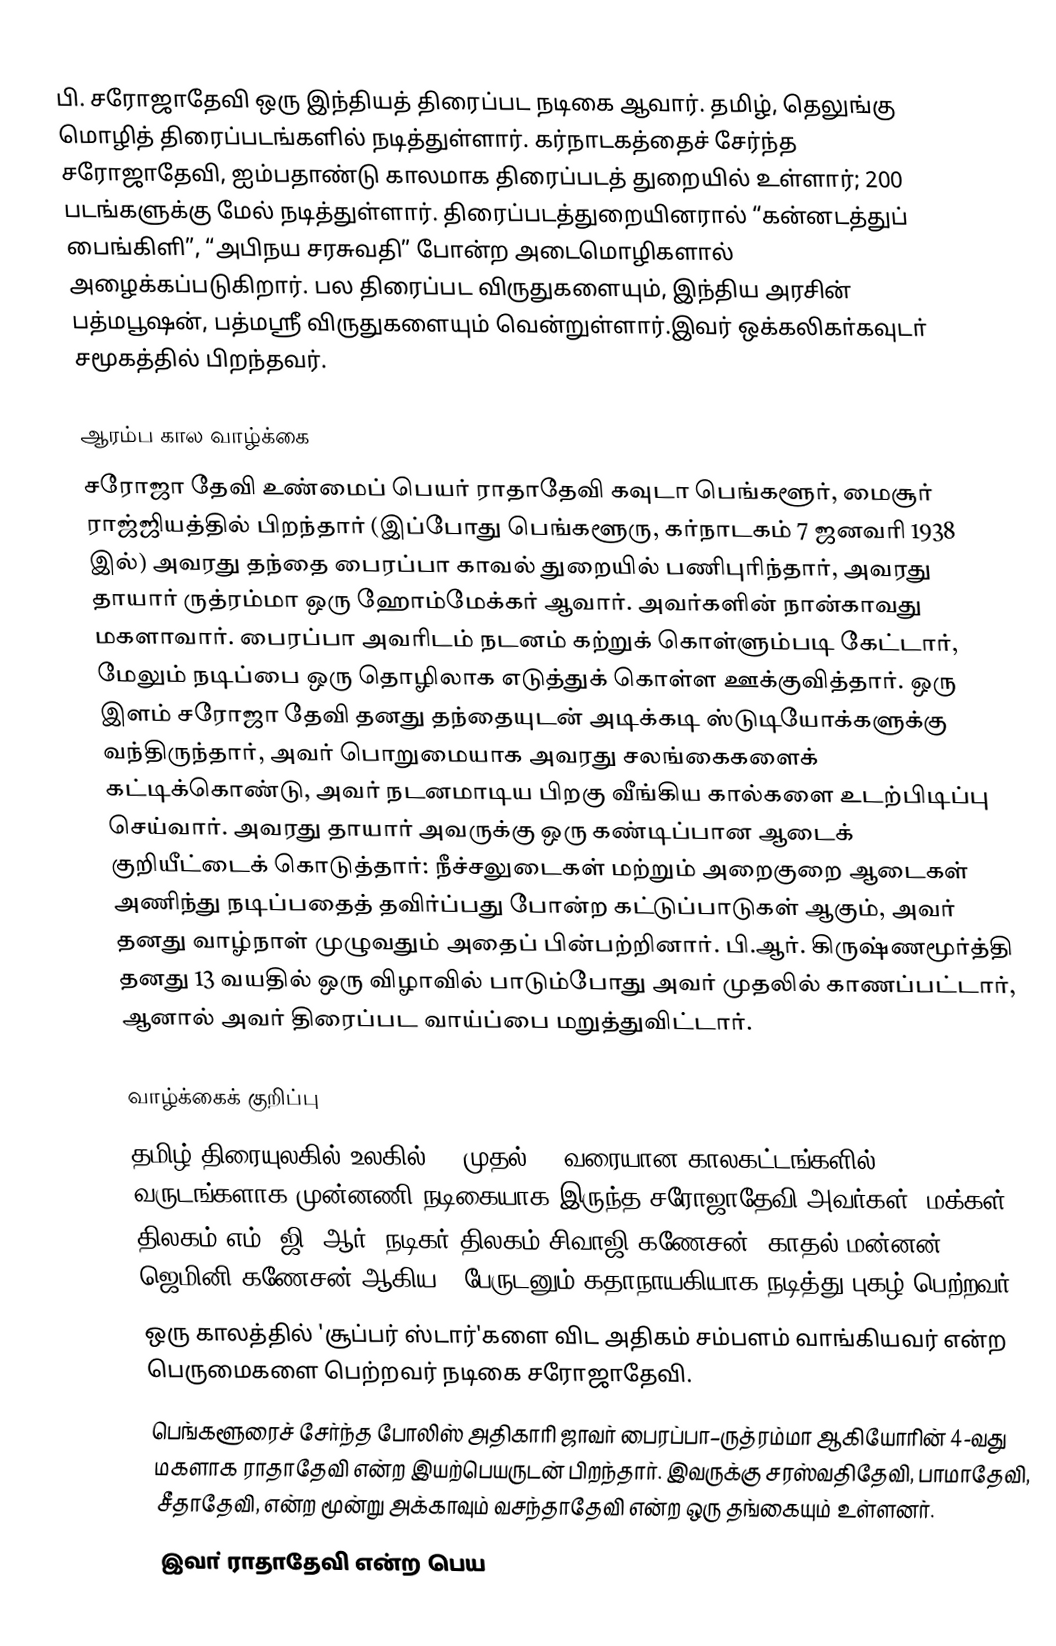
பி. சரோஜாதேவி ஒரு இந்தியத் திரைப்பட நடிகை ஆவார். தமிழ், தெலுங்கு மொழித் திரைப்படங்களில் நடித்துள்ளார். கர்நாடகத்தைச் சேர்ந்த சரோஜாதேவி, ஐம்பதாண்டு காலமாக திரைப்படத் துறையில் உள்ளார்; 200 படங்களுக்கு மேல் நடித்துள்ளார். திரைப்படத்துறையினரால் “கன்னடத்துப் பைங்கிளி”, “அபிநய சரசுவதி” போன்ற அடைமொழிகளால் அழைக்கப்படுகிறார். பல திரைப்பட விருதுகளையும், இந்திய அரசின் பத்மபூஷன், பத்மஸ்ரீ விருதுகளையும் வென்றுள்ளார்.இவர் ஒக்கலிகா்கவுடா் சமூகத்தில் பிறந்தவர்.

ஆரம்ப கால வாழ்க்கை
சரோஜா தேவி உண்மைப் பெயர் ராதாதேவி கவுடா பெங்களூர், மைசூர் ராஜ்ஜியத்தில் பிறந்தார்  (இப்போது பெங்களூரு, கர்நாடகம் 7 ஜனவரி 1938 இல்) அவரது தந்தை பைரப்பா காவல் துறையில் பணிபுரிந்தார், அவரது தாயார் ருத்ரம்மா ஒரு ஹோம்மேக்கர் ஆவார். அவர்களின் நான்காவது மகளாவார். பைரப்பா அவரிடம் நடனம் கற்றுக் கொள்ளும்படி கேட்டார், மேலும் நடிப்பை ஒரு தொழிலாக எடுத்துக் கொள்ள ஊக்குவித்தார். ஒரு இளம் சரோஜா தேவி தனது தந்தையுடன் அடிக்கடி ஸ்டுடியோக்களுக்கு வந்திருந்தார், அவர் பொறுமையாக அவரது சலங்கைகளைக் கட்டிக்கொண்டு, அவர் நடனமாடிய பிறகு வீங்கிய கால்களை உடற்பிடிப்பு செய்வார். அவரது தாயார் அவருக்கு ஒரு கண்டிப்பான ஆடைக் குறியீட்டைக் கொடுத்தார்: நீச்சலுடைகள் மற்றும் அறைகுறை ஆடைகள் அணிந்து நடிப்பதைத் தவிர்ப்பது போன்ற கட்டுப்பாடுகள் ஆகும், அவர் தனது வாழ்நாள் முழுவதும் அதைப் பின்பற்றினார். பி.ஆர். கிருஷ்ணமூர்த்தி தனது 13 வயதில் ஒரு விழாவில் பாடும்போது அவர் முதலில் காணப்பட்டார், ஆனால் அவர் திரைப்பட வாய்ப்பை மறுத்துவிட்டார்.

வாழ்க்கைக் குறிப்பு
 தமிழ் திரையுலகில் உலகில் 60 முதல் 70 வரையான காலகட்டங்களில் 17 வருடங்களாக முன்னணி நடிகையாக இருந்த சரோஜாதேவி அவர்கள். மக்கள் திலகம் எம். ஜி. ஆர், நடிகர் திலகம் சிவாஜி கணேசன், காதல் மன்னன் ஜெமினி கணேசன் ஆகிய 3 பேருடனும் கதாநாயகியாக நடித்து புகழ் பெற்றவர்.
 ஒரு காலத்தில் 'சூப்பர் ஸ்டார்'களை விட அதிகம் சம்பளம் வாங்கியவர் என்ற பெருமைகளை பெற்றவர் நடிகை சரோஜாதேவி.
 பெங்களூரைச் சேர்ந்த போலிஸ் அதிகாரி ஜாவர் பைரப்பா–ருத்ரம்மா ஆகியோரின் 4-வது மகளாக ராதாதேவி என்ற இயற்பெயருடன் பிறந்தாா். இவருக்கு சரஸ்வதிதேவி, பாமாதேவி, சீதாதேவி, என்ற மூன்று அக்காவும் வசந்தாதேவி என்ற ஒரு தங்கையும் உள்ளனா்.
 இவா் ராதாதேவி என்ற பெய